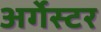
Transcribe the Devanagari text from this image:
अर्गेस्टर